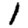
Digit: 1